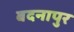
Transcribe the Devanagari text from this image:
बदनापुर